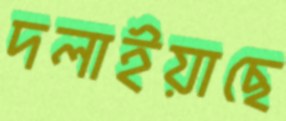
দলাইয়াছে